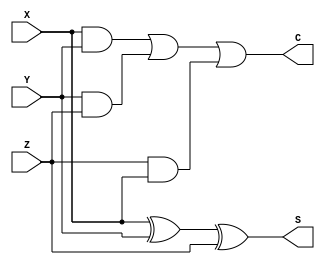
// This program was cloned from: https://github.com/HKUSTGZ-MICS-LYU/FlattenRTL
// License: MIT License

module FullAdder(X, Y, Z, S, C);
  output C;
  output S;
  input X;
  input Y;
  input Z;
  assign C = ( X & Y ) | ( Y & Z ) | ( Z & X );
  assign S = X ^ Y ^ Z;
endmodule
module FullAdderProp(X, Y, Z, S, C, P);
  output C;
  output S;
  output P;
  input X;
  input Y;
  input Z;
  assign C = ( X & Y ) | ( Y & Z ) | ( Z & X );
  assign S = X ^ Y ^ Z;
  assign P = X ^ Y;
endmodule
module HalfAdder(X, Y, S, C);
  output C;
  output S;
  input X;
  input Y;
  assign C = X & Y;
  assign S = X ^ Y;
endmodule
module ConstatntOne(O);
  output O;
  assign O = 1;
endmodule
module Counter(X1, X2, X3, X4, X5, X6, X7, S3, S2, S1);
output S1;
output S2;
output S3;
input X1;
input X2;
input X3;
input X4;
input X5;
input X6;
input X7;
wire W1;
wire W2;
wire W3;
wire W4;
wire W5;
wire W6;
assign W1 = X1 ^ X2 ^ X3;
assign W2 = X4 ^ X5 ^ ( X6 ^ X7 );
assign W3 = ~ ( ( ~ ( X1 & X2 ) ) & ( ~ ( X1 & X3 ) ) & ( ~ ( X2 & X3 ) ) );
assign W4 = ~ ( ( ~ ( ( X4 | X5 ) & ( X6 | X7 ) ) ) & ( ~ ( ( X4 & X5 ) | ( X6 & X7 ) ) ) );
assign W5 = ~ ( X4 & X5 & X6 & X7 );
assign W6 = ~ ( ( ~ ( W4 & W5 ) ) ^ W3 );
assign S3 = W1 ^ W2;
assign S2 = ~ ( W6 ^ ( ~ ( W1 & W2 ) ) );
assign S1 = ~ ( W5 & ( ~ ( W3 & W4 ) ) & ( ~ ( W1 & W2 & W6 ) ) );
endmodule
module S_SP_2_3(IN1, IN2 , P0, P1, P2, P3, P4, P5);
  input [1:0] IN1;
  input [2:0] IN2;
  output [0:0] P0;
  output [1:0] P1;
  output [2:0] P2;
  output [2:0] P3;
  output [0:0] P4;
  output [0:0] P5;
  wire w14;
  wire w15;
  assign P0[0] = IN1[0]&IN2[0];
  assign P1[0] = IN1[0]&IN2[1];
  assign P2[0] = ~(IN1[0]&IN2[2]);
  assign P1[1] = IN1[1]&IN2[0];
  assign P2[1] = IN1[1]&IN2[1];
  assign P3[0] = ~(IN1[1]&IN2[2]);
  assign P2[2] = ~(IN1[1]&IN2[0]);
  assign P3[1] = ~(IN1[1]&IN2[1]);
  assign P4[0] = IN1[1]&IN2[2];
  ConstatntOne U9 (P3[2]);
  ConstatntOne U10 (P5[0]);

endmodule
module WT(IN0, IN1, IN2, IN3, IN4, IN5, Out1, Out2);
  input [0:0] IN0;
  input [1:0] IN1;
  input [2:0] IN2;
  input [2:0] IN3;
  input [0:0] IN4;
  input [0:0] IN5;
  output [5:0] Out1;
  output [2:0] Out2;
  HalfAdder U0 (IN1[0], IN1[1], Out1[1], Out1[2]);
  FullAdder U1 (IN2[0], IN2[1], IN2[2], Out2[0], Out1[3]);
  FullAdder U2 (IN3[0], IN3[1], IN3[2], Out2[1], Out2[2]);
  assign Out1[0] = IN0[0];
  assign Out1[4] = IN4[0];
  assign Out1[5] = IN5[0];

endmodule
module CL_4_3(IN1, IN2, Out);
  input [3:0] IN1;
  input [2:0] IN2;
  output [4:0] Out;
  wire w8;
  wire w9;
  wire w10;
  wire w11;
  wire w12;
  wire w13;
  wire w14;
  wire w15;
  HalfAdder U0 (IN1[0], IN2[0], Out[0], w8);
  HalfAdder U1 (IN1[1], IN2[1], w9, w10);
  HalfAdder U2 (IN1[2], IN2[2], w11, w12);
  assign Out[1] = w9^w13;
  assign Out[2] = w11^w14;
  assign Out[3] = IN1[3]^w15;

  assign w13 = (w8);
  assign w14 = (w9 & w8) | (w10);
  assign w15 = (w11 & w9 & w8) | (w11 & w10) | (w12);
  assign Out[4] = (IN1[3] & w11 & w9 & w8) | (IN1[3] & w11 & w10) | (IN1[3] & w12);
endmodule
module Mult_2_3(IN1, IN2, Out);
  input [1:0] IN1;
  input [2:0] IN2;
  output [4:0] Out;
  wire [0:0] P0;
  wire [1:0] P1;
  wire [2:0] P2;
  wire [2:0] P3;
  wire [0:0] P4;
  wire [0:0] P5;
  wire [5:0] R1;
  wire [2:0] R2;
  wire [6:0] aOut;
  S_SP_2_3 S0 (IN1, IN2 , P0, P1, P2, P3, P4, P5);
  WT S1 (P0, P1, P2, P3, P4, P5, R1, R2);
  CL_4_3 S2 (R1[5:2], R2, aOut[6:2]);
  assign aOut[0] = R1[0];
  assign aOut[1] = R1[1];
  assign Out = aOut[4:0];
endmodule